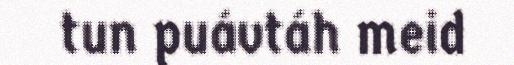
tun puávtáh meid